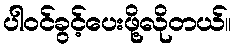
ပါဝင်ခွင့်ပေးဖို့လိုတယ်။